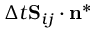
\Delta t { \bf S } _ { i j } \cdot \mathbf { n } ^ { * }